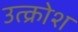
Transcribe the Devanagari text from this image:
उत्क्रोश